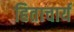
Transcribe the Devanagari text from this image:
हिताचार्य